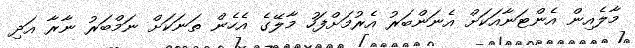
މާލެއިން އެންޓަނާއަކަށް އެނަންބަރު އެރުމަށްފަހު މާލޭގެ އެހެން ތަނަކަށް ނަމްބަރު ނާރާ އަދި